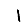
Digit: 1